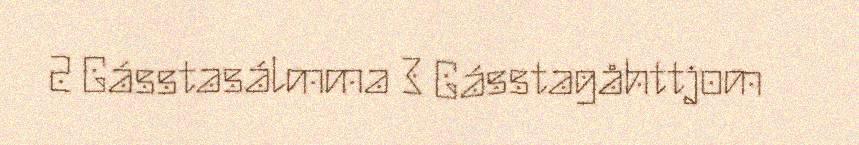
2 Gásstasálmma 3 Gásstagåhttjom